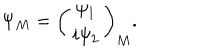
\Psi _ { M } = \left( \begin{array} { c l c r } { { \psi _ { 1 } } } \\ { { i \psi _ { 2 } } } \\ \end{array} \right) _ { M } .